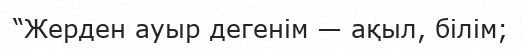
“Жерден ауыр дегенім — ақыл, білім;